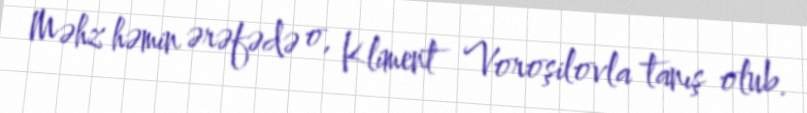
Məhz həmin ərəfədə o, Kliment Voroşilovla tanış olub.